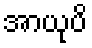
အာယုပိ